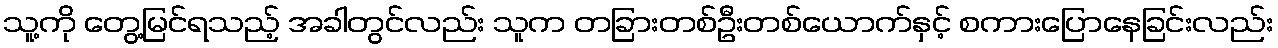
သူ့ကို တွေ့မြင်ရသည့် အခါတွင်လည်း သူက တခြားတစ်ဦးတစ်ယောက်နှင့် စကားပြောနေခြင်းလည်း